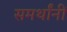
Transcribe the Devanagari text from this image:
समर्थांनीं